system: You are a helpful assistant.
user:
Analyze the provided spectrum to determine if it is a **M-type Giant (gM)**.

A M-type Giant spectrum is defined by its **strong molecular absorption** features, particularly from **Titanium Oxide (TiO)**. You must check for one of the following mutually exclusive signatures:

- **Key Visual Indicators (Absorption-Dominated Spectrum):**

    - **(Primary):** The spectrum is dominated by strong molecular absorption from **Titanium Oxide (TiO)**. This is the **defining feature** of its M-type temperature class.
        - **(Key Bandheads):** Look for sharp, "saw-tooth" absorption valleys. The strongest are located near **~7050 Å**, **~6160 Å**, and **~5170 Å**.
        - **(Line Profile):** The "saw-tooth" morphology is critical: a **sharp, steep drop on the BLUE (short-wavelength) side** of the bandhead, followed by a gradual recovery (rising flux) towards the RED (long-wavelength) side.

    - **(Key Confirmation - Giant vs. Dwarf):** **ABSENCE** of strong **Calcium Hydride (CaH)** molecular bands. This is the primary diagnostic for *excluding* M-dwarfs.
        - **(Key Region):** The spectrum should lack the strong, broad absorption band seen in dwarfs between **~6800 Å and ~7000 Å**.

    - **(Secondary Confirmation - Giant):** A very strong and broad **Neutral Calcium (Ca I)** atomic absorption line.
        - **(Key Line):** Located at **~4226 Å**. In a giant (gM), this line is significantly deeper and broader than the same line in an M-dwarf (dM) due to low surface gravity.

    - **(Overall Spectrum):**
        - The continuum is **extremely red-sloping** (i.e., flux is very low in the blue and rises dramatically towards the red).
        - The entire spectrum appears "chopped up" by the deep TiO bands.

Think first, call **spectral_visualization_tool** if needed to examine features in detail, then provide your final answer. Your response must adhere to the following strict rules:
1.  **Overall Structure:** Your response must follow the format `<think>...</think> <tool_call>...</tool_call> (if a tool is used) <answer>...</answer>`.
2.  **Tool Usage Constraint:** You may only make **one** tool call per turn.
3.  **Final Answer Format:** In the `<answer>` tag, your conclusion must be inside a `\boxed{}` command (e.g., `\boxed{YES}` or `\boxed{NO}`), followed by your justification.

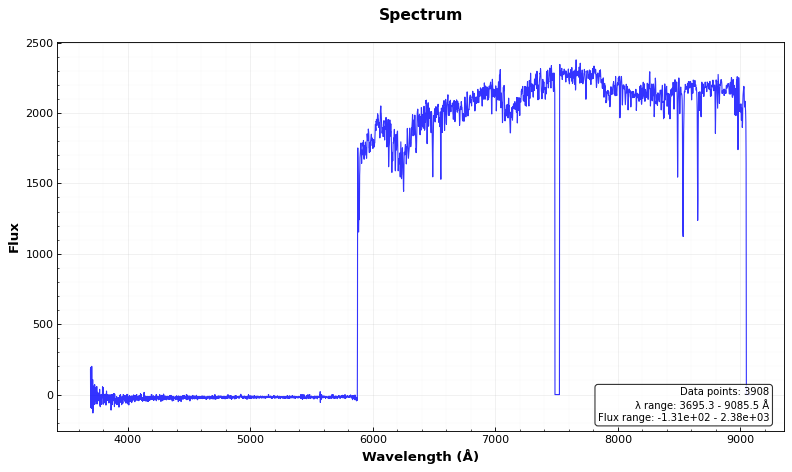
Answer: YES